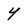
Character: y